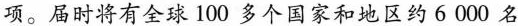
项。届时将有全球100多个国家和地区约6000名